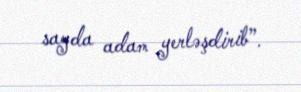
sayda adam yerləşdirib”.